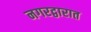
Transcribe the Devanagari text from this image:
नगरद्वारात